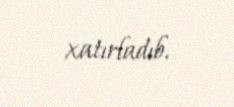
xatırladıb.